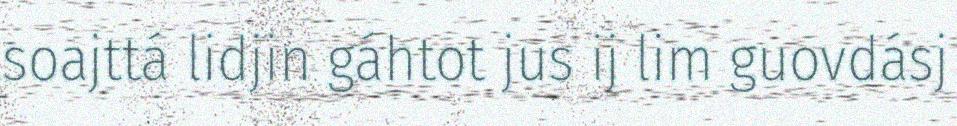
soajttá lidjin gáhtot jus ij lim guovdásj